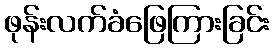
ဖုန်းလက်ခံဖြေကြားခြင်း